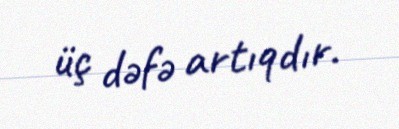
üç dəfə artıqdır.